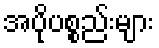
အပိုပစ္စည်းများ